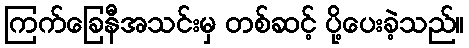
ကြက်ခြေနီအသင်းမှ တစ်ဆင့် ပို့ပေးခဲ့သည်။